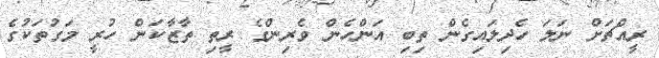
ރީއްޗަށް ނަލަ ހެދިލައިގެން ތިބި އަންހެން ވެރިންގެ ރީތި ތާޒާކަން ހުރީ މަގުތަކުގެ